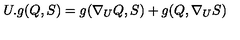
U . g ( Q , S ) = g ( \nabla _ { U } Q , S ) + g ( Q , \nabla _ { U } S )